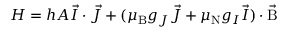
H = h A { \vec { I } } \cdot { \vec { J } } + ( \mu _ { \mathrm { { B } } } g _ { J } { \vec { J } } + \mu _ { \mathrm { { N } } } g _ { I } { \vec { I } } ) \cdot { \vec { \mathrm { { B } } } }